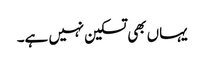
یہاں بھی تسکین نہیں ہے۔